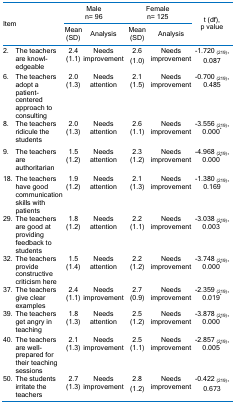
<table><thead><tr><td rowspan="2" colspan="2"><b>Item</b></td><td colspan="2"><b>Malen= 96</b></td><td colspan="2"><b>Femalen= 125</b></td><td rowspan="2"><b>t (df),p value</b></td></tr><tr><td><b>Mean (SD)</b></td><td><b>Analysis</b></td><td><b>Mean (SD)</b></td><td><b>Analysis</b></td></tr></thead><tbody><tr><td>2.</td><td>The teachers are knowledgeable</td><td>2.4(1.1)</td><td>Needs improvement</td><td>2.6(1.0)</td><td>Needs improvement</td><td>-1.720 <sub>(219)</sub>,0.087</td></tr><tr><td>6.</td><td>The teachers adopt a patient-centered approach to consulting</td><td>2.0(1.3)</td><td>Needs attention</td><td>2.1(1.5)</td><td>Needs improvement</td><td>-0.700 <sub>(219)</sub>,0.485</td></tr><tr><td>8.</td><td>The teachers ridicule the students</td><td>2.0(1.3)</td><td>Needs attention</td><td>2.6(1.1)</td><td>Needs improvement</td><td>-3.556 <sub>(219)</sub>,0.000<sup>*</sup></td></tr><tr><td>9.</td><td>The teachers areauthoritarian</td><td>1.5(1.2)</td><td>Needs attention</td><td>2.3(1.2)</td><td>Needs improvement</td><td>-4.968 <sub>(219)</sub>,0.000<sup>*</sup></td></tr><tr><td>18.</td><td>The teachers have good communication skills with patients</td><td>1.9(1.2)</td><td>Needs attention</td><td>2.1(1.3)</td><td>Needs improvement</td><td>-1.380 <sub>(219)</sub>,0.169</td></tr><tr><td>29.</td><td>The teachers are good at providing feedback to students</td><td>1.8(1.2)</td><td>Needs attention</td><td>2.2(1.1)</td><td>Needs improvement</td><td>-3.038 <sub>(219)</sub>,0.003<sup>*</sup></td></tr><tr><td>32.</td><td>The teachers provide constructive criticism here </td><td>1.5(1.4)</td><td>Needs attention</td><td>2.2(1.2)</td><td>Needs improvement</td><td>-3.748 <sub>(219)</sub>,0.000<sup>*</sup></td></tr><tr><td>37.</td><td>The teachers give clear examples </td><td>2.4(1.1)</td><td>Needs improvement</td><td>2.7(0.9)</td><td>Needs improvement</td><td>-2.359 <sub>(219)</sub>,0.019<sup>*</sup></td></tr><tr><td>39.</td><td>The teachers get angry in teaching</td><td>1.8(1.3)</td><td>Needs attention</td><td>2.5(1.2)</td><td>Needs improvement</td><td>-3.878 <sub>(219)</sub>,0.000<sup>*</sup></td></tr><tr><td>40.</td><td>The teachers are well-prepared for their teaching sessions</td><td>2.1(1.3)</td><td>Needs improvement</td><td>2.5(1.1)</td><td>Needs improvement</td><td>-2.857 <sub>(219)</sub>,0.005<sup>*</sup></td></tr><tr><td>50.</td><td>The students irritate the teachers</td><td>2.7(1.3)</td><td>Needs improvement</td><td>2.8(1.2)</td><td>Needs improvement</td><td>-0.422 <sub>(219)</sub>,0.673</td></tr></tbody></table>